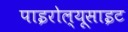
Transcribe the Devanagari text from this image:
पाइरोल्यूसाइट